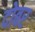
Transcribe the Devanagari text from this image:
दोबर